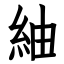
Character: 紬